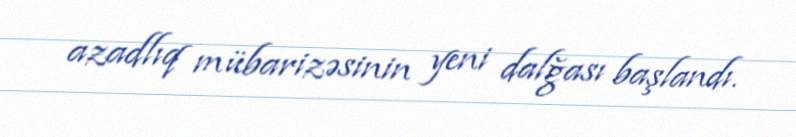
azadlıq mübarizəsinin yeni dalğası başlandı.